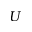
U